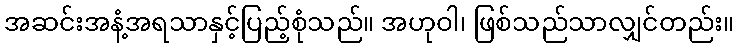
အဆင်းအနံ့အရသာနှင့်ပြည့်စုံသည်။ အဟုဝါ၊ ဖြစ်သည်သာလျှင်တည်း။